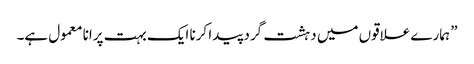
” ہمارے علاقوں میں دہشت گرد پیدا کرنا ایک بہت پرانا معمول ہے۔